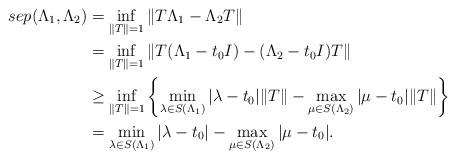
LaTeX: \begin{align*}sep(\Lambda_1,\Lambda_2)&=\inf_{\|T\|=1} \|T\Lambda_1-\Lambda_2T\|\\&=\inf_{\|T\|=1}\|T(\Lambda_1-t_0I)-(\Lambda_2-t_0I)T\|\\&\geq \inf_{\|T\|=1}\left\{\min_{\lambda\in S(\Lambda_1)}|\lambda-t_0|\|T\|-\max_{\mu\in S(\Lambda_2)}|\mu-t_0|\|T\|\right\}\\&=\min_{\lambda\in S(\Lambda_1)}|\lambda-t_0|-\max_{\mu\in S(\Lambda_2)}|\mu-t_0|.\end{align*}